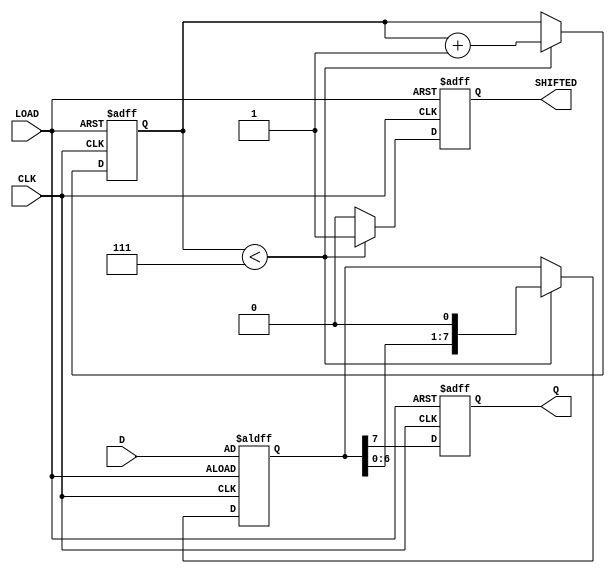
module PISO_Register (
    input wire [7:0] D,      // 8-bit data input
    input wire LOAD,         // Load control signal
    input wire CLK,          // Clock signal
    output reg Q,            // Serial output
    output reg SHIFTED       // Optional signal indicating shifting operation
);

    reg [7:0] shift_reg;     // Internal register to hold the data
    reg [2:0] bit_count;     // Counter to track the number of bits shifted out

    // Always block for loading and shifting
    always @(posedge CLK or posedge LOAD) begin
        if (LOAD) begin
            // Load data into the shift register
            shift_reg <= D;    // Load data when LOAD is high
            Q <= 1'b0;         // Set serial output to low during load
            bit_count <= 3'b000; // Reset bit counter
            SHIFTED <= 1'b0;   // Reset SHIFTED signal
        end else begin
            // Shift out data
            if (bit_count < 3'b111) begin // Shift for 8 bits
                Q <= shift_reg[7];  // Output the MSB
                shift_reg <= {shift_reg[6:0], 1'b0}; // Shift left
                bit_count <= bit_count + 1; // Increment bit counter
                SHIFTED <= 1'b1; // Indicate that a shift occurred
            end else begin
                // After all bits are shifted out
                Q <= shift_reg[7]; // Output the last bit
                SHIFTED <= 1'b0;   // Indicate that shifting has completed
            end
        end
    end

endmodule